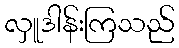
လှူဒါန်းကြသည်